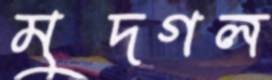
মুদগল